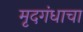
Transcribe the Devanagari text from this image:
मृदगंधाचा